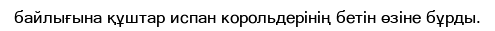
байлығына құштар испан корольдерінің бетін өзіне бұрды.